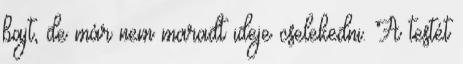
bajt, de már nem maradt ideje cselekedni. A testét